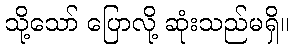
သို့သော် ပြောလို့ ဆုံးသည်မရှိ။